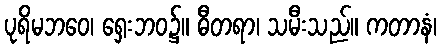
ပုရိမဘဝေ၊ ရှေးဘဝ၌။ ဓီတရာ၊ သမီးသည်။ ကတာနံ၊